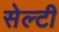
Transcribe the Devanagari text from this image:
सेल्टी